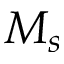
M _ { s }